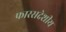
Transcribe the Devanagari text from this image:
फारसदेशीय